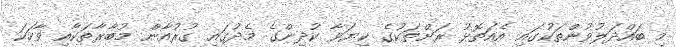
މި ބައްދަލުވުންތަކުގައި އެއަތޮޅު ރަށްތަކުގެ ކިޔަވާ ކުދިންގެ މެދުގައި ގުރުއާން މުބާރާތަކާއި ވާހަކަ